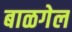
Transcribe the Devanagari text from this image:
बाळगेल